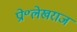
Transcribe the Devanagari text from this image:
प्रो॰लेखराज